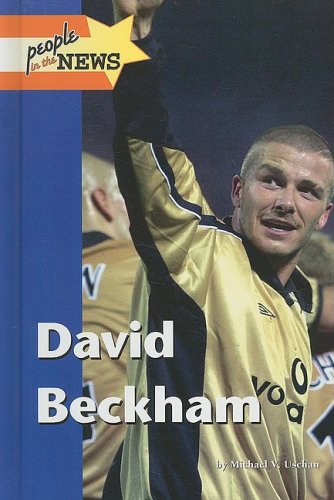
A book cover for David Beckham (People in the News); Michael V. Uschan; Teen & Young Adult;